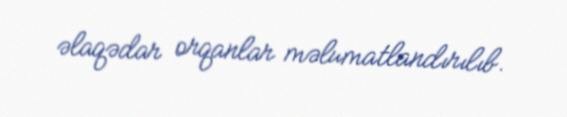
əlaqədar orqanlar məlumatlandırılıb.